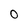
Character: 0